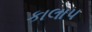
કાલાપ